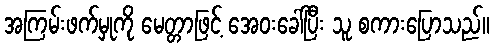
အကြမ်းဖက်မှုကို မေတ္တာဖြင့် အေဝးခေါ်ပြီး သူ စကားပြောသည်။